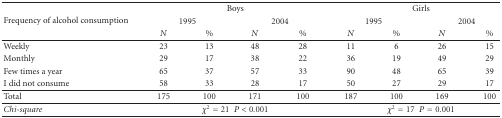
<table><thead><tr><td rowspan="3"><b>Frequency of alcohol consumption </b></td><td colspan="4"><b> Boys</b></td><td colspan="4"><b> Girls</b></td></tr><tr><td colspan="2"><b>1995</b></td><td colspan="2"><b>2004</b></td><td colspan="2"><b>1995</b></td><td colspan="2"><b>2004</b></td></tr><tr><td><b><i>N</i></b></td><td><b>%</b></td><td><b><i>N</i></b></td><td><b>%</b></td><td><b><i>N</i></b></td><td><b>%</b></td><td><b><i>N</i></b></td><td><b>%</b></td></tr></thead><tbody><tr><td>Weekly</td><td>23</td><td>13</td><td>48</td><td>28</td><td>11</td><td>6</td><td>26</td><td>15</td></tr><tr><td>Monthly</td><td>29</td><td>17</td><td>38</td><td>22</td><td>36</td><td>19</td><td>49</td><td>29</td></tr><tr><td>Few times a year</td><td>65</td><td>37</td><td>57</td><td>33</td><td>90</td><td>48</td><td>65</td><td>39</td></tr><tr><td>I did not consume</td><td>58</td><td>33</td><td>28</td><td>17</td><td>50</td><td>27</td><td>29</td><td>17</td></tr><tr><td>Total</td><td>175</td><td>100</td><td>171</td><td>100</td><td>187</td><td>100</td><td>169</td><td>100</td></tr><tr><td><i>Chi-square</i></td><td colspan="4"><i>χ</i><sup>2</sup> = 21<i>P</i> &lt; 0.001</td><td colspan="4"><i>χ</i><sup>2</sup> = 17<i>P</i> = 0.001</td></tr></tbody></table>